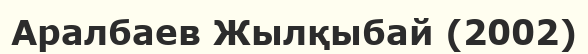
Аралбаев Жылқыбай (2002)